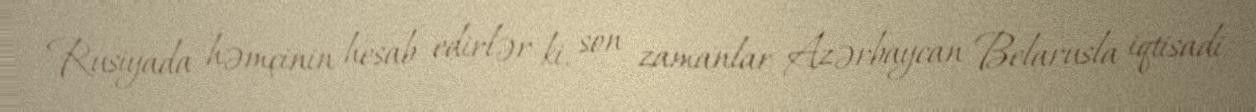
Rusiyada həmçinin hesab edirlər ki, son zamanlar Azərbaycan Belarusla iqtisadi,